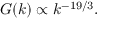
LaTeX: G ( k ) \propto k ^ { - 1 9 / 3 } .